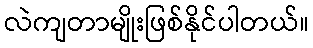
လဲကျတာမျိုးဖြစ်နိုင်ပါတယ်။